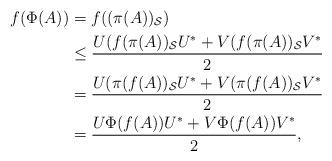
LaTeX: \begin{align*}f(\Phi(A) ) &=f((\pi(A))_{\mathcal{S}}) \\ &\le \frac{U(f(\pi(A))_{\mathcal{S}}U^* + V(f(\pi(A))_{\mathcal{S}}V^*}{2} \\&= \frac{U(\pi(f(A))_{\mathcal{S}}U^* + V(\pi (f(A))_{\mathcal{S}}V^*}{2} \\&= \frac{U\Phi(f(A))U^* + V\Phi(f(A))V^*}{2},\end{align*}